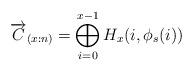
LaTeX: \begin{align*}\overrightarrow{C}_{(x:n)}=\bigoplus_{i=0}^{x-1} H_x(i,\phi_s(i))\end{align*}